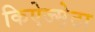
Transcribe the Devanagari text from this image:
किऐज्म़ेटा